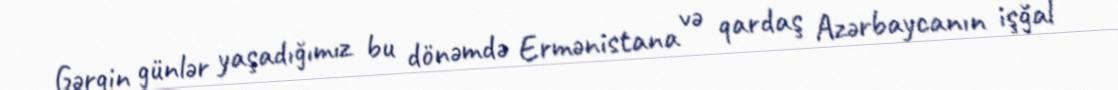
Gərgin günlər yaşadığımız bu dönəmdə Ermənistana və qardaş Azərbaycanın işğal